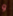
و